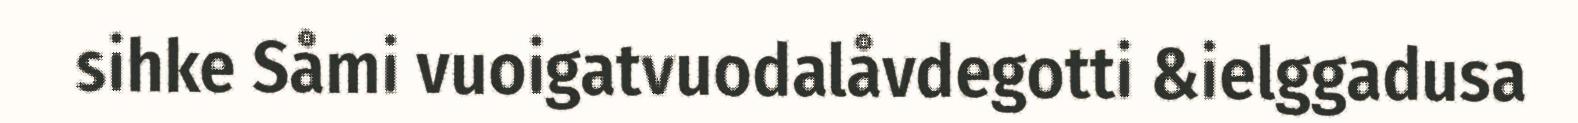
sihke Såmi vuoigatvuodalåvdegotti &ielggadusa